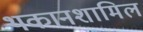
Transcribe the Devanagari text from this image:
थकानशामिल